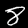
Label: 8